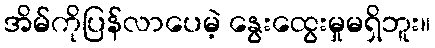
အိမ်ကိုပြန်လာပေမဲ့ နွေးထွေးမှုမရှိဘူး။